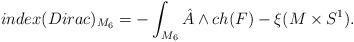
LaTeX: \begin{align*}index (Dirac)_{M_6} = -\int_{M_6}{{\hat A}}\wedge{ch(F)}-\xi(M\times{S^1}) .\end{align*}